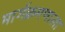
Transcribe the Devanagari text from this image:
मार्गक्रमणाला